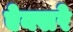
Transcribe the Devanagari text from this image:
ऐक्सरे